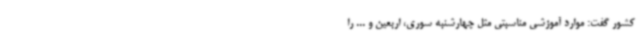
کشور گفت: موارد آموزشی مناسبتی مثل چهارشنبه سوری، اربعین و ... را